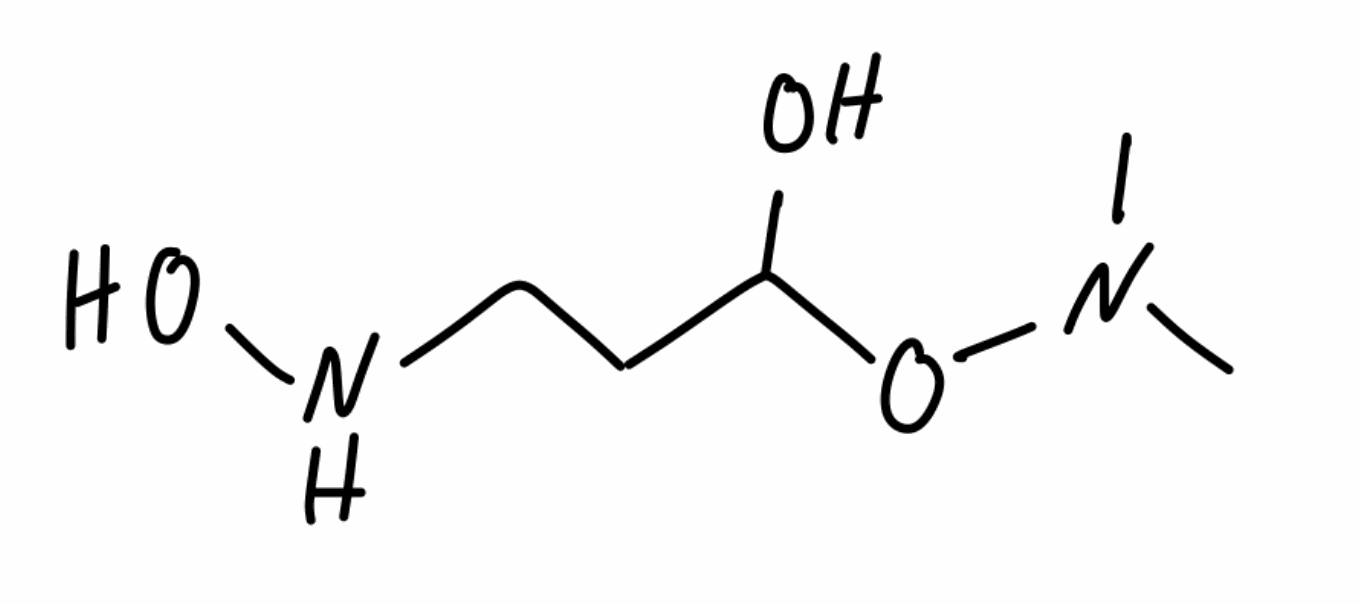
Simplified molecular-input line-entry system (SMILES) notation of the given molecule:
CN(C)OC(CCNO)O